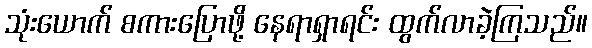
သုံးယောက် စကားပြောဖို့ နေရာရှာရင်း ထွက်လာခဲ့ကြသည်။